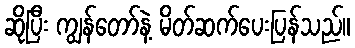
ဆိုပြီး ကျွန်တော်နဲ့ မိတ်ဆက်ပေးပြန်သည်။